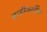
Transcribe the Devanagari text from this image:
ब्राडीकार्डिया